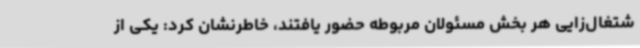
شتغال‌زایی هر بخش مسئولان مربوطه حضور یافتند، خاطرنشان کرد: یکی از